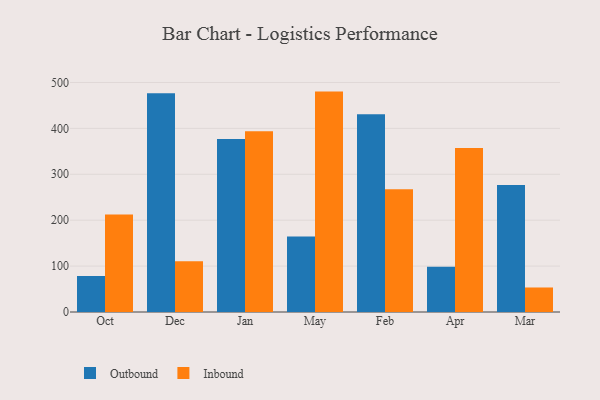
{"axis": {"x": "Month", "y": "Website Visitors"}, "legend": ["Inbound", "Outbound"], "data": [{"x": "Oct", "y": 78.6, "type": "Outbound"}, {"x": "Oct", "y": 212.5, "type": "Inbound"}, {"x": "Dec", "y": 476.3, "type": "Outbound"}, {"x": "Dec", "y": 110.4, "type": "Inbound"}, {"x": "Jan", "y": 376.9, "type": "Outbound"}, {"x": "Jan", "y": 393.5, "type": "Inbound"}, {"x": "May", "y": 164.3, "type": "Outbound"}, {"x": "May", "y": 480.1, "type": "Inbound"}, {"x": "Feb", "y": 430.5, "type": "Outbound"}, {"x": "Feb", "y": 267.6, "type": "Inbound"}, {"x": "Apr", "y": 98.3, "type": "Outbound"}, {"x": "Apr", "y": 357.0, "type": "Inbound"}, {"x": "Mar", "y": 276.6, "type": "Outbound"}, {"x": "Mar", "y": 53.4, "type": "Inbound"}]}